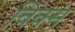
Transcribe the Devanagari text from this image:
विंक्स